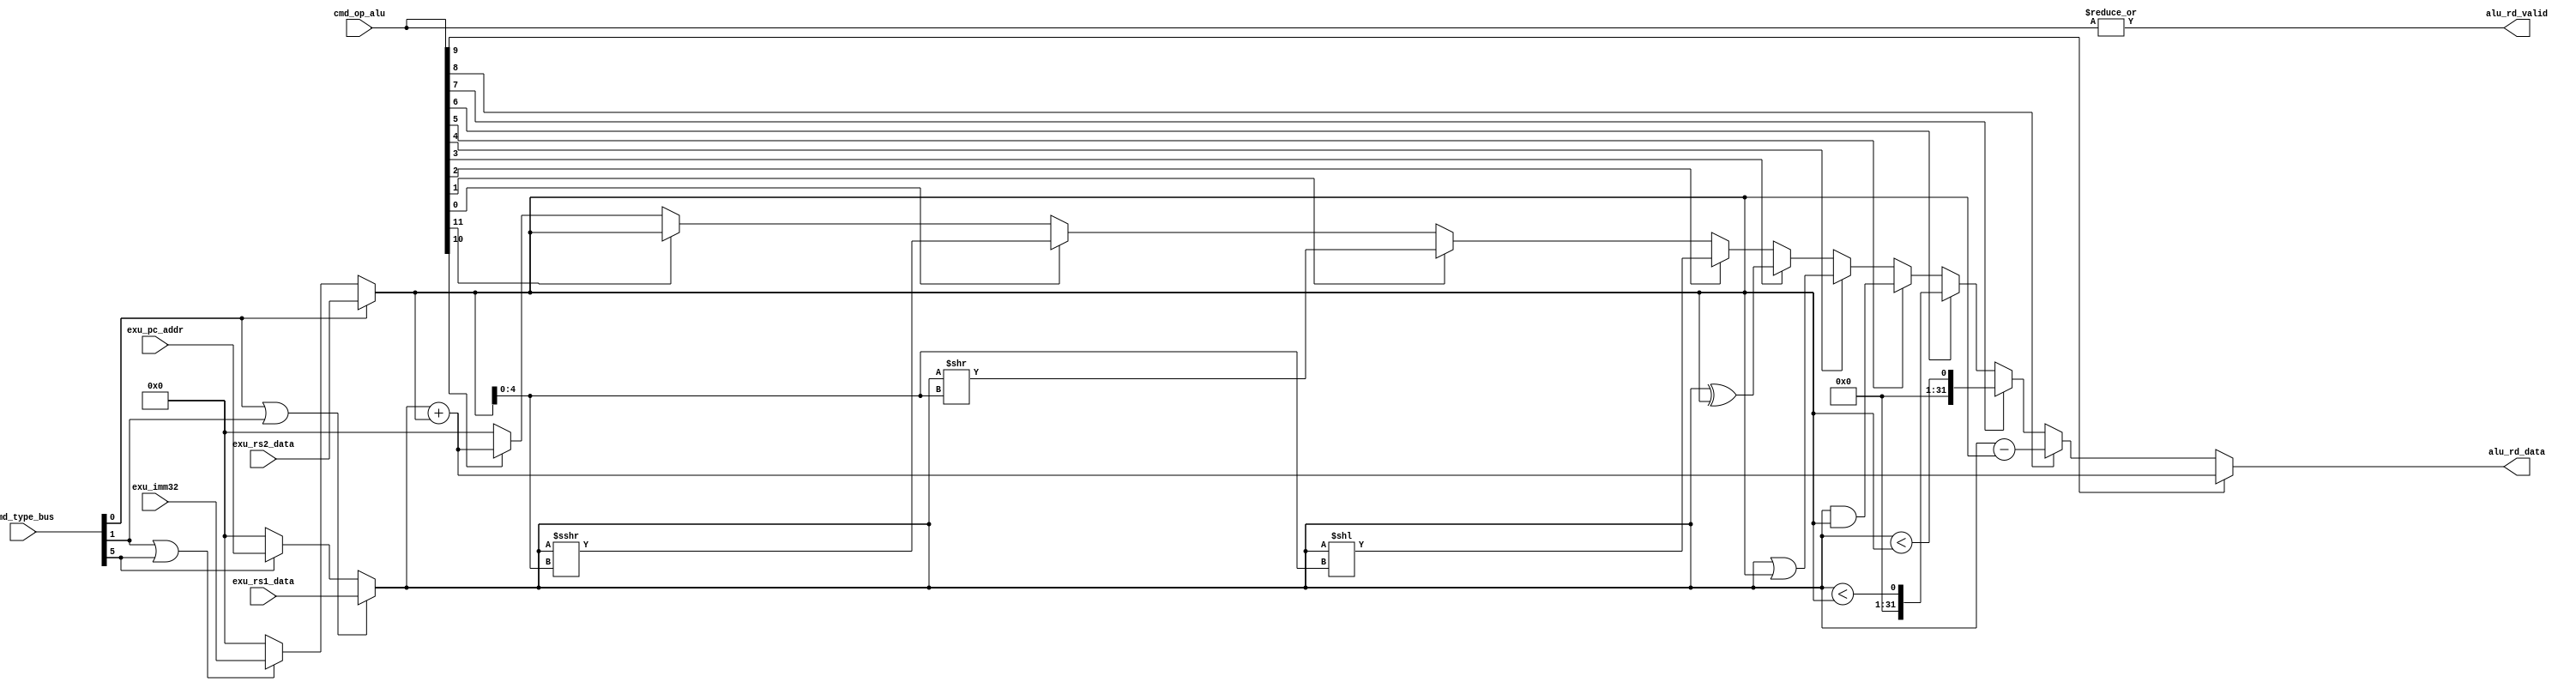
//-----------------------------------------------------------------------------
//   Copyright 2022 GanLing, 1577959692@qq.com
//
//   Licensed under the Apache License, Version 2.0 (the "License");
//   you may not use this file except in compliance with the License.
//   You may obtain a copy of the License at
//
//       http://www.apache.org/licenses/LICENSE-2.0
//
//   Unless required by applicable law or agreed to in writing, software
//   distributed under the License is distributed on an "AS IS" BASIS,
//   WITHOUT WARRANTIES OR CONDITIONS OF ANY KIND, either express or implied.
//   See the License for the specific language governing permissions and
//   limitations under the License.
//-----------------------------------------------------------------------------

module core_c1_exu_alu (

//
input		[31:0]	exu_pc_addr,
input		[31:0]	exu_rs1_data,
input		[31:0]	exu_rs2_data,
input		[31:0]	exu_imm32,

input		[7:0]		cmd_type_bus,	//
input		[11:0]	cmd_op_alu,		//

output	[31:0]	alu_rd_data,
output				  alu_rd_valid		//
);

wire	[31:0]	alu_op1;
wire	[31:0]	alu_op2;

wire	cmd_type_alu_reg	=	cmd_type_bus[0];
wire	cmd_type_alu_imm	=	cmd_type_bus[1];
wire	cmd_type_alu_spe	=	cmd_type_bus[5];
/*
wire	cmd_LUI		=	cmd_op_alu[11] & cmd_type_alu_spe;
wire	cmd_AUIPC	=	cmd_op_alu[10] & cmd_type_alu_spe;
wire	cmd_ADD		=	cmd_op_alu[9] & cmd_type_alu_reg;
wire	cmd_SUB		=	cmd_op_alu[8] & cmd_type_alu_reg;
wire	cmd_SLT		=	cmd_op_alu[7] & cmd_type_alu_reg;
wire	cmd_SLTU		=	cmd_op_alu[6] & cmd_type_alu_reg;
wire	cmd_AND		=	cmd_op_alu[5] & cmd_type_alu_reg;
wire	cmd_OR		=	cmd_op_alu[4] & cmd_type_alu_reg;
wire	cmd_XOR		=	cmd_op_alu[3] & cmd_type_alu_reg;
wire	cmd_SLL		=	cmd_op_alu[2] & cmd_type_alu_reg;
wire	cmd_SRL		=	cmd_op_alu[1] & cmd_type_alu_reg;
wire	cmd_SRA		=	cmd_op_alu[0] & cmd_type_alu_reg;
wire	cmd_ADDI		=	cmd_op_alu[9] & cmd_type_alu_imm;
wire	cmd_SLTI		=	cmd_op_alu[7] & cmd_type_alu_imm;
wire	cmd_SLTUI	=	cmd_op_alu[6] & cmd_type_alu_imm;
wire	cmd_ANDI		=	cmd_op_alu[5] & cmd_type_alu_imm;
wire	cmd_ORI		=	cmd_op_alu[4] & cmd_type_alu_imm;
wire	cmd_XORI		=	cmd_op_alu[3] & cmd_type_alu_imm;
wire	cmd_SLLI		=	cmd_op_alu[2] & cmd_type_alu_imm;
wire	cmd_SRLI		=	cmd_op_alu[1] & cmd_type_alu_imm;
wire	cmd_SRAI		=	cmd_op_alu[0] & cmd_type_alu_imm;
*/

assign	alu_op1	=	(cmd_type_alu_reg | cmd_type_alu_imm)	?	exu_rs1_data :
							cmd_type_alu_spe	?	exu_pc_addr : 0;
							
assign	alu_op2	=	cmd_type_alu_reg	?	exu_rs2_data :
							(cmd_type_alu_imm | cmd_type_alu_spe)	?	exu_imm32 : 0;



assign	alu_rd_data	=	cmd_op_alu[9]	?	(alu_op1 + alu_op2)									//ADD(I)
							:	cmd_op_alu[8]	?	(alu_op1 - alu_op2)									//SUB
							:	cmd_op_alu[7]	?	(($signed(alu_op1)) < ($signed(alu_op2)))		//SLT(I)
							:	cmd_op_alu[6]	?	(alu_op1 < alu_op2)									//SLTU(I)
							:	cmd_op_alu[5]	?	(alu_op1 & alu_op2)									//AND(I)
							:	cmd_op_alu[4]	?	(alu_op1 | alu_op2)									//OR(I)
							:	cmd_op_alu[3]	?	(alu_op1 ^ alu_op2)									//XOR(I)
							:	cmd_op_alu[2]	?	(alu_op1 << alu_op2[4:0])							//SLL(I)
							:	cmd_op_alu[1]	?	(alu_op1 >> alu_op2[4:0])							//SRL(I)
							:	cmd_op_alu[0]	?	(($signed(alu_op1)) >>> alu_op2[4:0])			//SRA(I)
							:	cmd_op_alu[11]	?	(alu_op2)								//LUI
							:	cmd_op_alu[10]	?	(alu_op2 + alu_op1)				//AUIPC
							: 0 ;


assign	alu_rd_valid = |cmd_op_alu;

endmodule